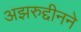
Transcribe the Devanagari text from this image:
अझरुद्दीनने